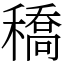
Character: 穚